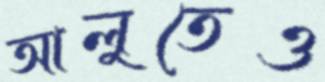
আলুতেও